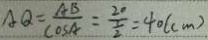
A Q = \frac { A B } { \cos A } = \frac { 2 0 } { \frac { 1 } { 2 } } = 4 0 ( c m )